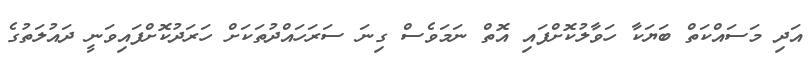
އަދި މަސައްކަތް ބަޔަކާ ހަވާލުކޮށްފައި އޮތް ނަމަވެސް ގިނަ ސަރަހައްދުތަކަށް ހަރަދުކޮށްފައިވަނީ ދައުލަތުގެ